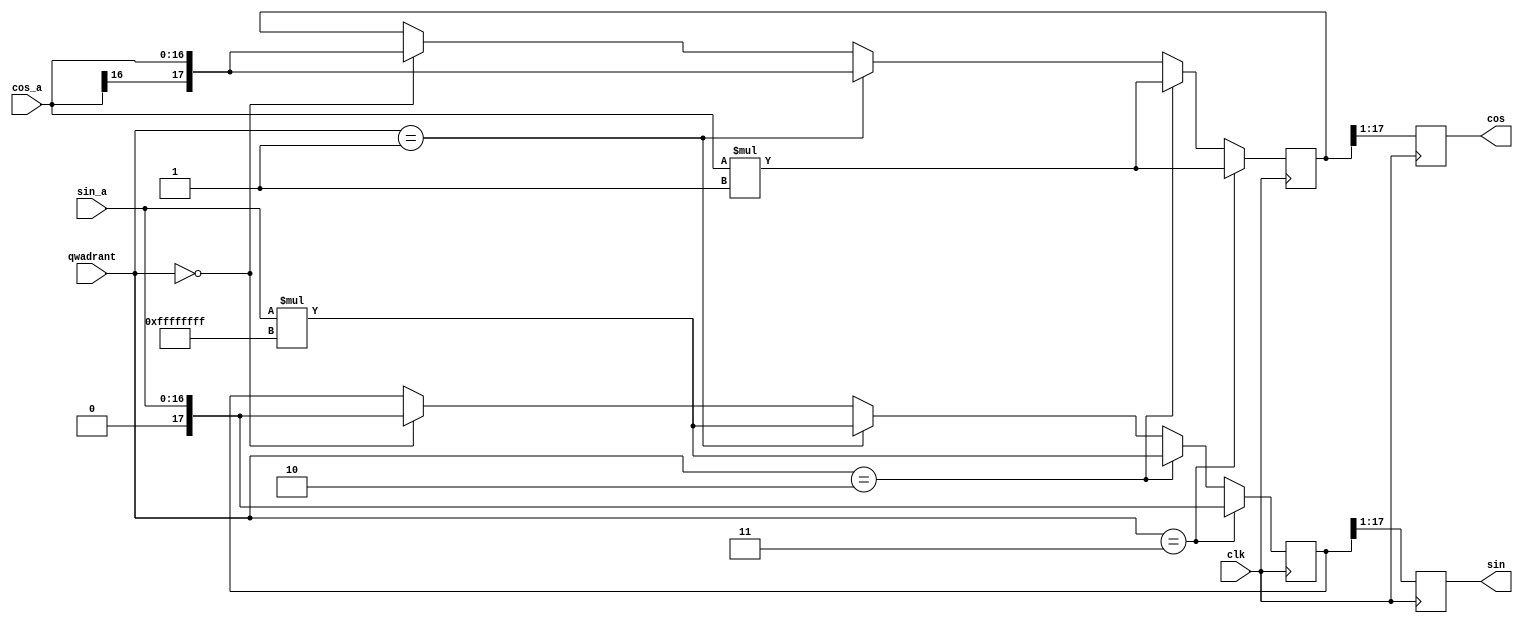
//-----------------------------------------------------------------------------
//
// Title       : convert_cos
// Design      : mur1
// Company     : Microsoft
//
//-----------------------------------------------------------------------------
//
// Generated   : Wed Aug  3 11:51:18 2016
// From        : interface description file
// By          : Itf2Vhdl ver. 1.22
//
//-----------------------------------------------------------------------------
//
// Description : 
//
//-----------------------------------------------------------------------------
`timescale 1 ns / 1 ps

//{{ Section below this comment is automatically maintained
//   and may be overwritten
//{module {convert_cos}}
module convert_cos ( clk ,sin_a ,qwadrant ,sin ,cos ,cos_a );

output [16:0] sin ;
wire [16:0] sin ;
output  [16:0] cos ;
wire [16:0] cos ;

input clk ;
wire clk ;
input [16:0] sin_a ;
wire  [16:0] sin_a ;
input [1:0] qwadrant ;
wire  [1:0] qwadrant ;
input [16:0] cos_a ;
wire signed [16:0] cos_a ;	

 reg signed [17:0] sin_reg=0;
 reg signed [17:0] cos_reg=0;  
 
 reg signed [17:0] sin_reg2=0;
 reg signed [17:0] cos_reg2=0;
		  
always @(posedge clk)
	
begin

if (qwadrant==0)  begin sin_reg<=sin_a; 		cos_reg<=cos_a;end 
if (qwadrant==1)  begin sin_reg<=sin_a*(-1); 	cos_reg<=cos_a;end
if (qwadrant==2)  begin sin_reg<=sin_a*(-1); 	cos_reg<=cos_a*(-1);end
if (qwadrant==3)  begin sin_reg<=sin_a; 		cos_reg<=cos_a*(-1);end	
	
sin_reg2<=sin_reg>>>1;
cos_reg2<=cos_reg>>>1;
	
end

assign 	cos = cos_reg2;
assign  sin = sin_reg2;

endmodule